Sketch of the medical history of the native army of Bombay, for the year
Year: 1875
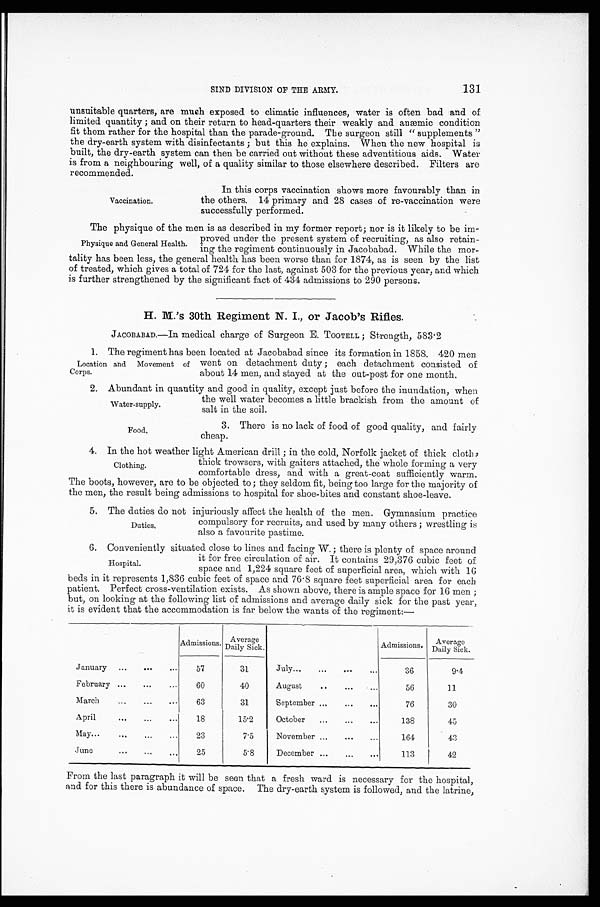
Water-supply.
Food,
131
SIND DIVISION OF THE ARMY.
unsuitable quarters, are much exposed to climatic influences, water is often bad and of
limited quantity ; and on their return to head-quarters their weakly and anæmic condition
fit them rather for the hospital than the parade-ground. The surgeon still ''s u p p l e m e n t s "
the dry-earth system with disinfectants ; but this he explains. When the new hospital is
built, the dry-earth system can then be carried out without these adventitious aids. Water
is from a neighbouring well, of a quality similar to those elsewhere described. Filters are
recommended.
Vaccination.
In this corps vaccination shows more favourably than in
the others. 14 primary and 28 cases of re-vaccination were
successfully performed.
The physique of the men is as described in my former report; nor is it likely to be im-
Physique and General Health.
proved under the present system of recruiting, as also retain-
ing the regiment continuously in Jacobabad. While the mor-
tality has been less, the general health has been worse than for 1874, as is seen by the list
of treated, which gives a total of 724 for the last, against 503 for the previous year, and which
is further strengthened by the significant fact of 434 admissions to 290 persons.
H. M.'s 30th Regiment N. I., or Jacob's Rifles.
JACOBABAD.— In medical charge of Surgeon E. TOOTELL ; Strength, 583.2
1. The regiment has been located at Jacobabad since its formation in 1858. 420 men
Location and Movement of
Corps.
went on detachment duty ; each detachment consisted of
about 14 men, and stayed at the out-post for one month.
2. Abundant in quantity and good in quality, except just before the inundation, when
the well water becomes a little brackish from the amount of
salt in the soil.
3. There is no lack of food of good quality, and fairly
cheap.
4. In the hot weather light American drill ; in the cold, Norfolk jacket of thick cloth ,
Clothing.
thick trowsers, with gaiters attached, the whole forming a very
comfortable dress, and with a great-coat sufficientl y warm.
The boots, however, are to be objected to ; they seldom fit, being too large for the majority of
the men, the result being admissions to hospital for shoe-bites and constant shoe-leave.
5. The duties do not injuriously affect the health of the men. Gymnasium practice
compulsory for recruits, and used by many others ; wrestling is
also a favourite pastime.
6. Conveniently situated close to lines and facing W. ; there is plenty of space around
Duties,
Hospital.
it for free circulation of air. It contains 29,376 cubic feet of
space and 1,224 square feet of sup erficial area, which with 16
beds in it represents 1,836 cubic feet of space and 76.8 square feet superficial area for each
patient. Perfect cross-ventilation exists. As shown above, there is ample space for 16 men ;
but, on looking at the following list of admissions and average daily sick for the past year,
it is evident that the accommodation is far below the wants of the regiment:—
Admissions. Average
Daily Sick.
Admissions.
A v e r a g e D a i l y S i c k .
January
...
... ...
57
31
July...
...
... ...
36
9.4
February ...
...
...
60
40
August
...
...
...
56
11
March
...
...
...
63
31
September
...
...
...
76
30
April
... ... ...
1 8
15.2
October
...
...
...
138
45
May
...
...
...
23
7.5
November ...
...
...
164
43
June
...
... ...
25
5.8
December ...
...
...
113
42
From the last paragraph it will be seen that a fresh ward is necessary for the hospital,
and for this there is abundance of space. The dry-earth system is followed, and the latrine,